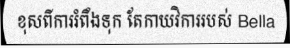
ខុសពីការរំពឹងទុក តែកាយវិការរបស់ Bella